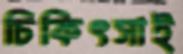
চিকিৎসাই